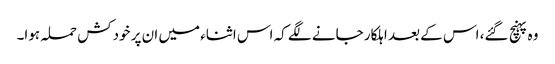
وہ پہنچ گئے، اس کے بعد اہلکار جانے لگے کہ اس اثناء میں ان پر خودکش حملہ ہوا۔